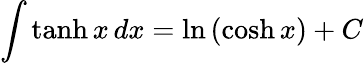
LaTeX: \int\operatorname{tanh}x\, dx=\ln\, (\cosh x)+C